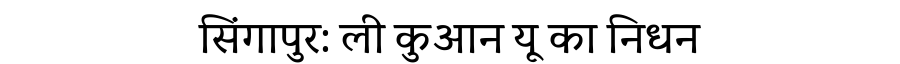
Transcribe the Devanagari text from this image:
सिंगापुर: ली कुआन यू का निधन